Indian journal of veterinary science and animal husbandry - Volume 11,
Year: 1941
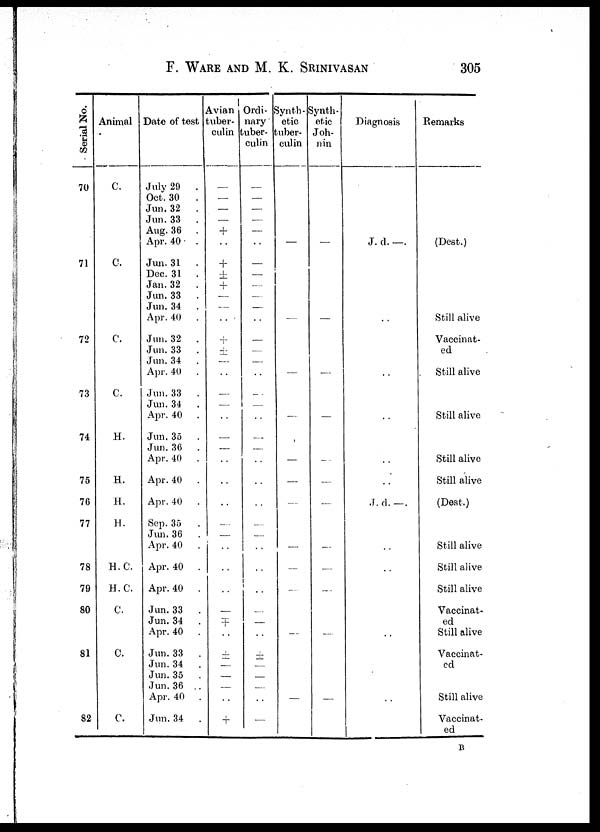
F. WARE AND M. K. SRINIVASAN 305
Serial No.
70
71
72
73
74
75
76
77
78
79
80
81
82
Animal
C.
C.
C.
C.
H.
H.
H.
H.
H. C.
H. C.
C.
C.
C.
Date of test
July 29
.
Oct. 30
.
Jun.32
.
Jun.33
.
Aug. 36 .
Apr. 40 .
Jun. 31 .
Dec. 31 .
Jan.32
.
Jun. 33 .
Jun.34
.
Apr. 40 .
Jun.32
.
Jun. 33 .
Jun.34
.
Apr. 40 .
Jun.33
.
Jun. 34 .
Apr. 40 .
Jun.35 .
Jun. 36
.
Apr. 40 .
Apr. 40 .
Apr. 40
.
Sep. 35 .
Jun. 36
.
Apr. 40
.
Apr. 40 .
Apr. 40 .
Jun. 33 .
Jun.34
.
Apr. 40 .
Jun. 33
.
Jun.34
.
Jun. 35 .
Jun. 36
.
Apr. 40 .
Jun.34
.
Avian
tuber-
culin
—
—
—
—
+
. .
+
+
+
—
—
. .
+
±
—
. .
—
—
. .
—
—
. .
. .
. .
—
—
. .
. .
. .
—
+
. .
+
—
+
—
. .
+
Ordi-
nary
tuber-
culin
—
—
—
—
—
. .
—
—
—
—
—
. .
—
—
—
. .
—
—
. .
—
—
. .
. .
. .
—
—
. .
. .
. .
—
—
. .
+
—
—
—
. .
—
Synth-
etic
tuber-
culin
—
—
—
—
—
—
—
—
—
—
—
—
Synth-
etic
Joh-
nin
—
—
—
—
—
—
—
—
—
—
—
—
Diagnosis
J. d. —.
. .
. .
. .
. .
. .
J. d. —.
. .
. .
. .
. .
Remarks
(Dest.)
Still alive
Vaccinat-
ed
Still alive
Still alive
Still alive
Still alive
(Dest.)
Still alive
Still alive
Still alive
Vaccinat-
ed
Still alive
Vaccinat-
ed
Still alive
Vaccinat-
ed
B